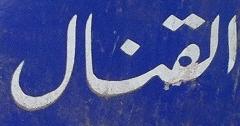
القنال